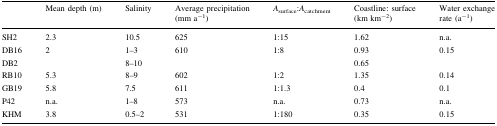
<table><thead><tr><td></td><td><b>Mean depth (m)</b></td><td><b>Salinity</b></td><td><b>Average precipitation (mm a<sup>−1</sup>)</b></td><td><b><i>A</i><sub>surface</sub>:<i>A</i><sub>catchment</sub></b></td><td><b>Coastline: surface (km km<sup>−2</sup>)</b></td><td><b>Water exchange rate (a<sup>−1</sup>)</b></td></tr></thead><tbody><tr><td>SH2</td><td>2.3</td><td>10.5</td><td>625</td><td>1:15</td><td>1.62</td><td>n.a.</td></tr><tr><td>DB16</td><td rowspan="2">2</td><td>1–3</td><td rowspan="2">610</td><td rowspan="2">1:8</td><td>0.93</td><td rowspan="2">0.15</td></tr><tr><td>DB2</td><td>8–10</td><td>0.65</td></tr><tr><td>RB10</td><td>5.3</td><td>8–9</td><td>602</td><td>1:2</td><td>1.35</td><td>0.14</td></tr><tr><td>GB19</td><td>5.8</td><td>7.5</td><td>611</td><td>1:1.3</td><td>0.4</td><td>0.1</td></tr><tr><td>P42</td><td>n.a.</td><td>1–8</td><td>573</td><td>n.a.</td><td>0.73</td><td>n.a.</td></tr><tr><td>KHM</td><td>3.8</td><td>0.5–2</td><td>531</td><td>1:180</td><td>0.35</td><td>0.15</td></tr></tbody></table>